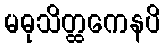
မဓုသိတ္ထကေနပိ